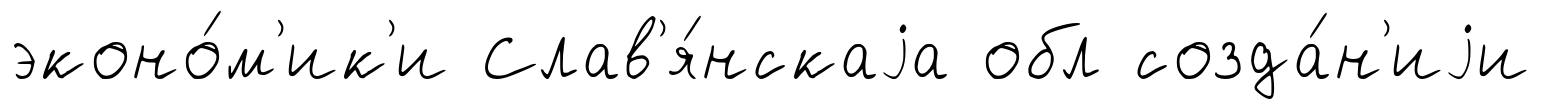
эконо́м'ик'и Слав'я́нскаjа обл созда́н'иjи